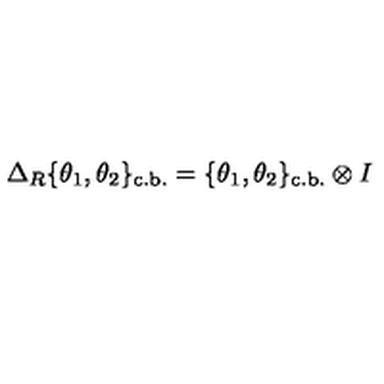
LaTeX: \Delta _ { R } \{ \theta _ { 1 } , \theta _ { 2 } \} _ { \mathrm { c . b . } } = \{ \theta _ { 1 } , \theta _ { 2 } \} _ { \mathrm { c . b . } } \otimes I